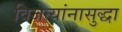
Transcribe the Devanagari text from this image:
विजेत्यांनासुद्धा